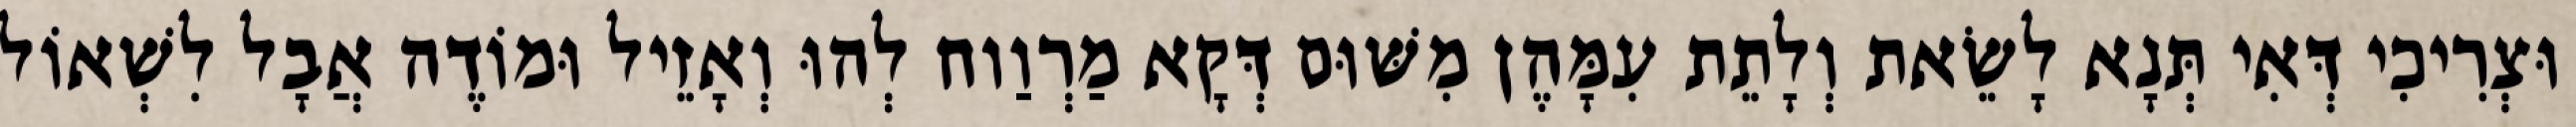
וּצְרִיכִי דְּאִי תְּנָא לָשֵׂאת וְלָתֵת עִמָּהֶן מִשּׁוּם דְּקָא מַרְוַוח לְהוּ וְאָזֵיל וּמוֹדֶה אֲבָל לִשְׁאוֹל